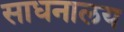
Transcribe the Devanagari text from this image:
साधनालय